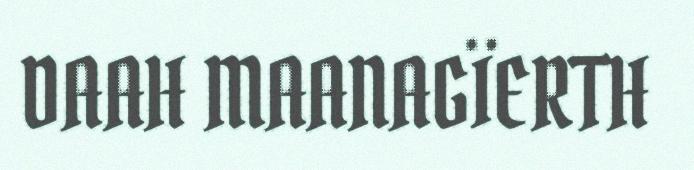
DAAH MAANAGÏERTH